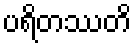
ပရိတဿတိ